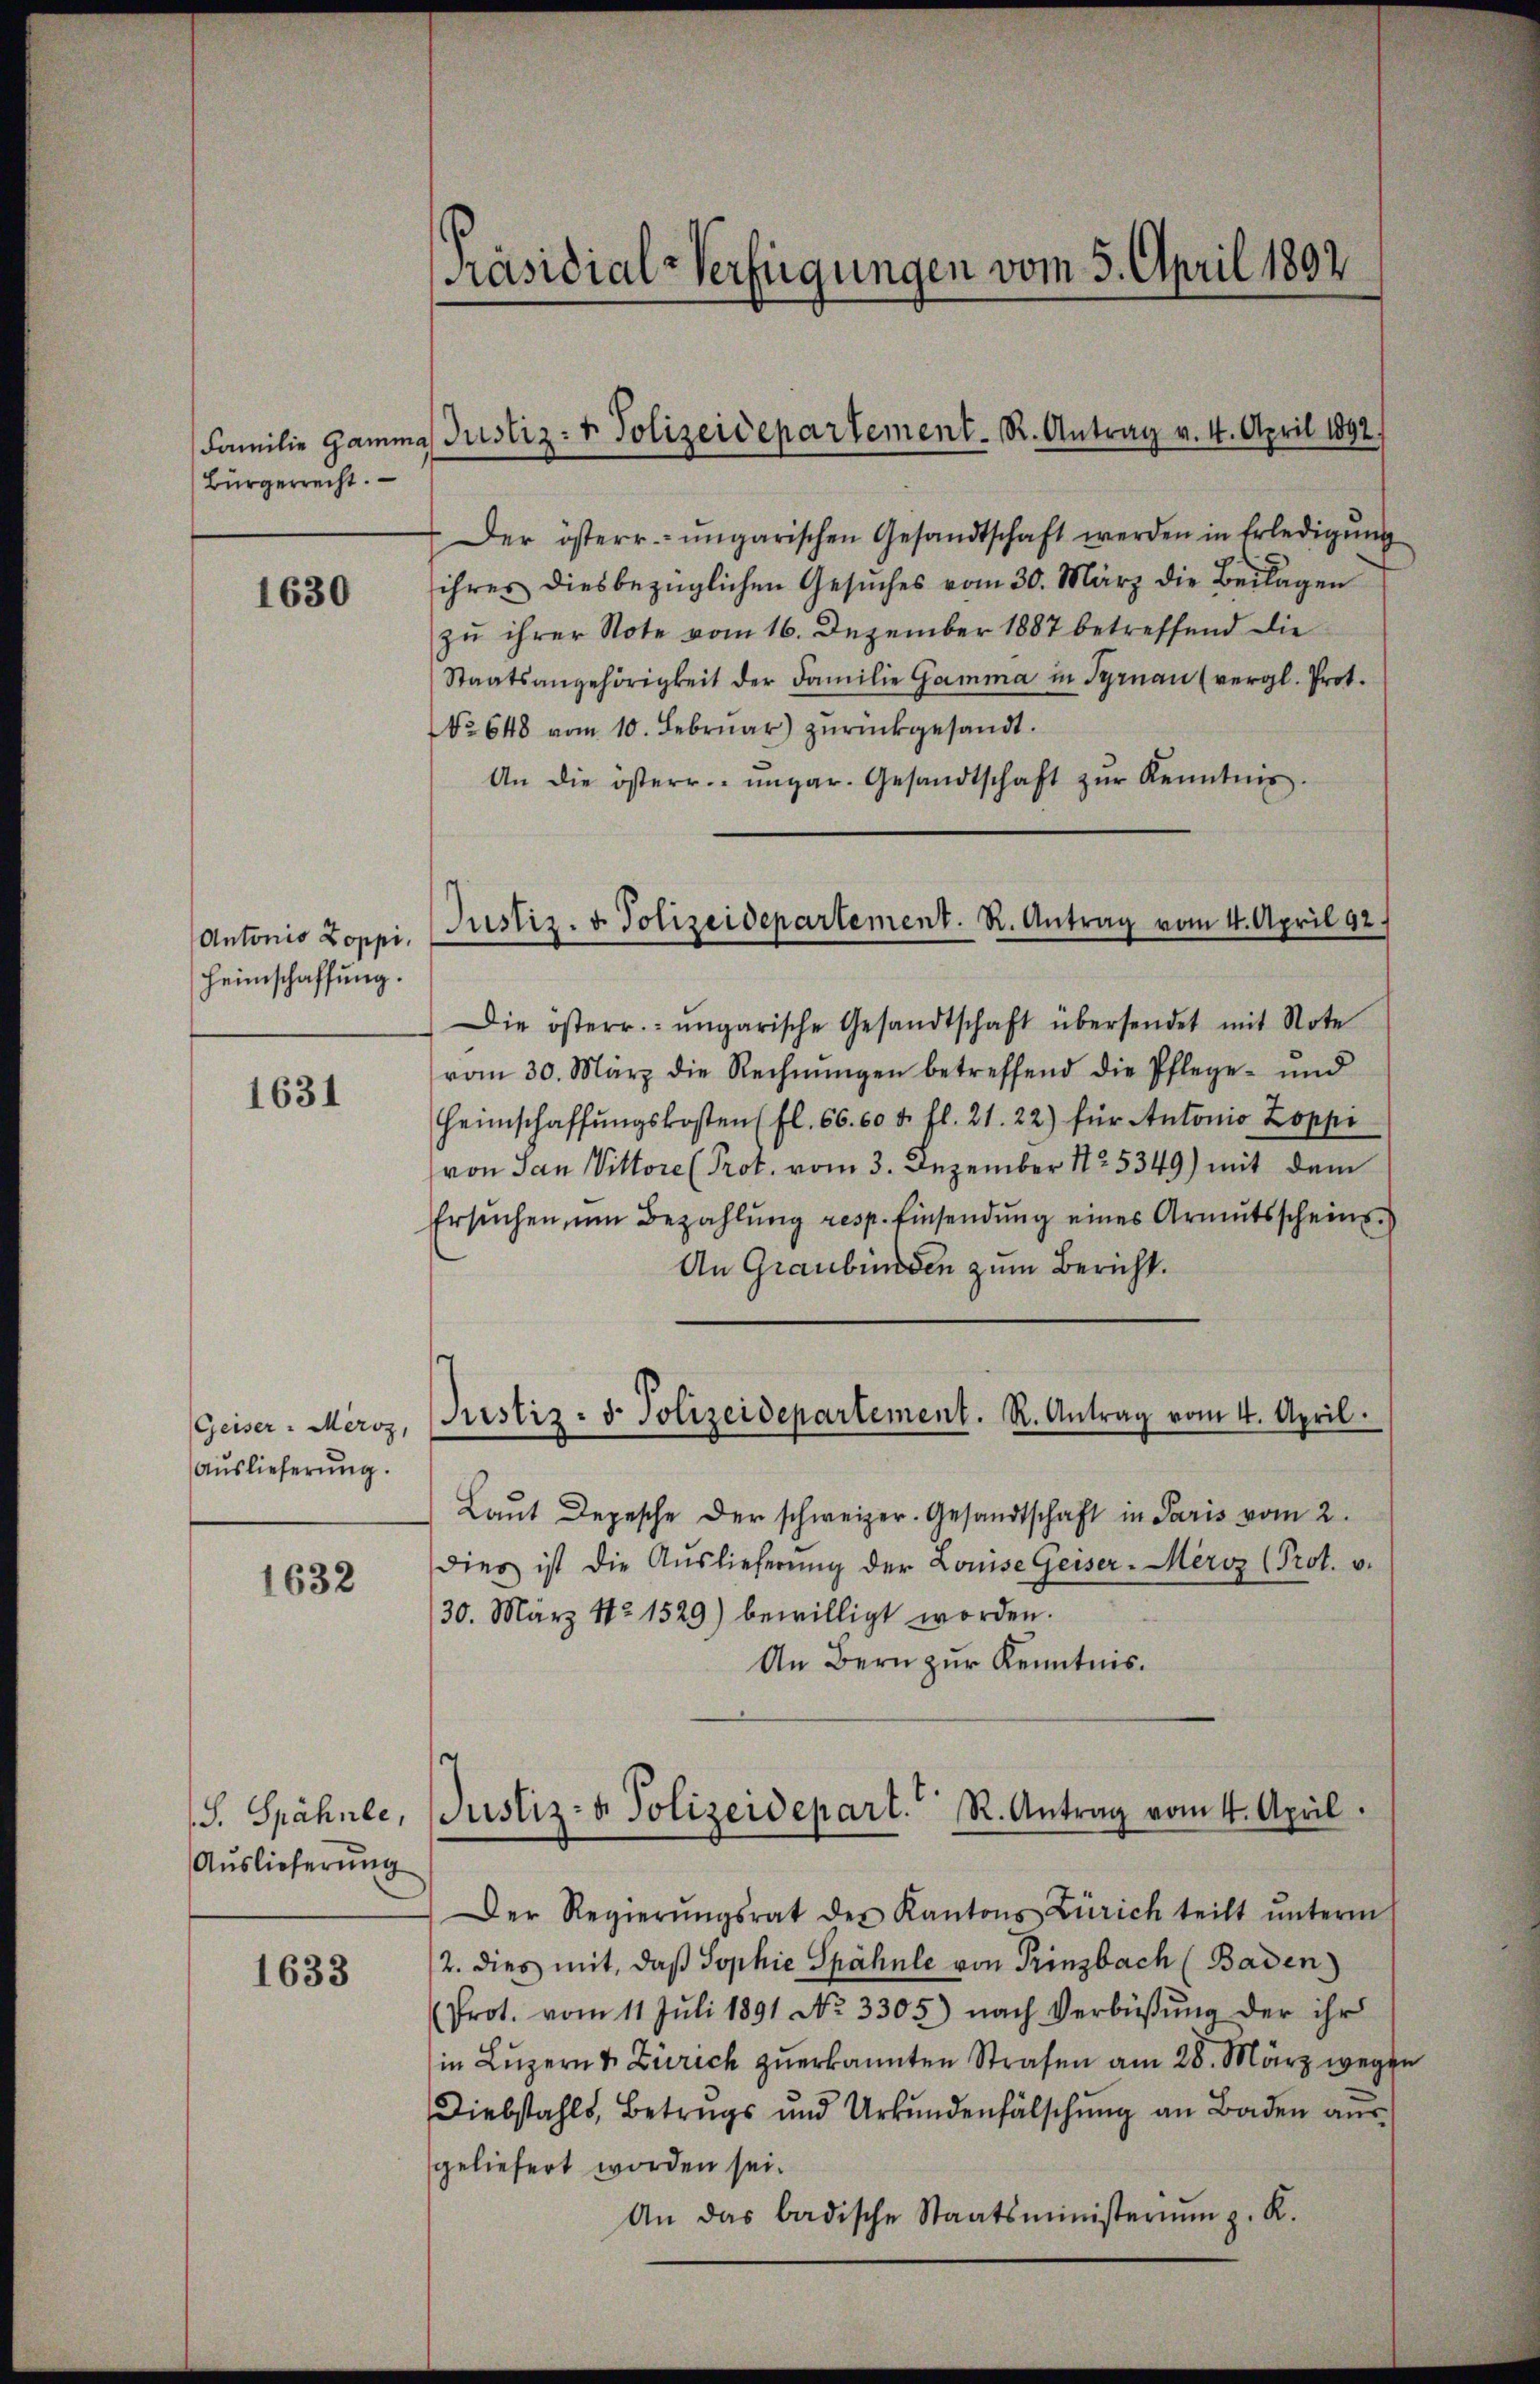
Familie Gamm
Bürgerrecht.

1630

Antonio Zoppi.
Heimschaffung.

1631

Geiser - Merz,
Auslieferung.

1632

S. Spähnle,
Auslieferung

1633

Präsidial-Verfügungen vom 5. April 1892

Der österr.-ungarischen Gesandtschaft werden in Erledigŭng
ihres diesbezüglichen Gesŭches vom 30. März die Beilagen
zu ihrer Note vom 16. Dezember 1887 betreffend die
Staatsangehörigkeit der Familie Gamma in Pyrnau (vergl. Prot.
No 648 vom 10. Februar) zŭrückgesandt.
An die österr. ungar. Gesandtschaft zŭr Kenntnis.
Die österr. ungarische Gesandtschaft übersendet mit Note
vom 30. März die Rechnŭngen betreffend die Pflege- und
Heimschaffŭngskosten (fl. 66. 60 u. fl. 21. 22) für Antonio Zoppi
von San Vittore (Prot. vom 3. Dezember 125349) mit dem
Ersŭchen, um Bezahlung resp. Einsendung eines Armutsscheins¬
An Graubünden zum Bericht.
Prustiz: d. Polizeidepartement. R. Antrag vom 4. April.
Laŭt Depesche der schweizer. Gesandtschaft in Paris vom 2.
dies ist die Aŭslieferŭng der Louise Geiser-Merz (Prot. v.
30. März 12 1529) bewilligt worden.
An Bern zur Kenntnis.

Justiz- & Polizeidepartement. R. Antrag v. 4. April 1892.

Justiz- & Polizeidepartement. R. Antrag vom 4. April 92.

Justiz- & Polizeidepart. R. Antrag vom 4. April

Der Regierŭngsrat des Kantons Zürich teilt ŭnterm
2. dies mit, daß Sophie Spähnle von Prinzbach (Baden
(Prot. vom 11. Juli 1891 No. 3305) nach Verbüßung der ihr
in Luzern & Zürich zuerkannten Strafen am 28. März wegen
Diebstahls, Betrugs und Urkundenfälschŭng an Baden aŭs
geliefert worden sei.
An das badische Staatsministeriŭm z. K.